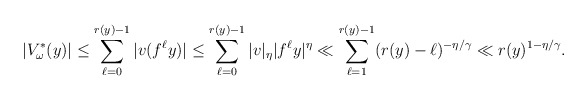
\begin{align*}|V^*_\omega(y)| & \le \sum_{\ell=0}^{r(y)-1}|v(f^\ell y)| \le\sum_{\ell=0}^{r(y)-1}|v|_{\eta}|f^\ell y|^\eta\ll\sum_{\ell=1}^{r(y)-1}(r(y)-\ell)^{-\eta/\gamma}\ll r(y)^{1-\eta/\gamma}.\end{align*}